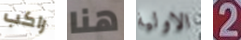
راكب هنا الاولية 2